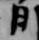
日